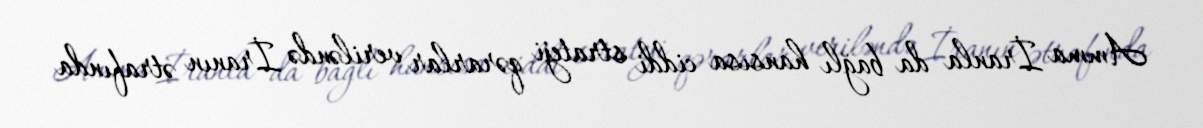
Amma İranla da bağlı hansısa ciddi strateji qərarlar veriləndə İranın ətrafında